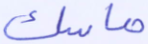
ماسك